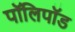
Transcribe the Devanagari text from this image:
पॉलिपॉड